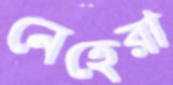
নেহেরা